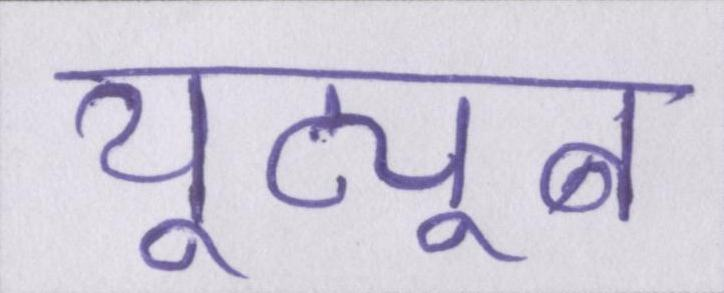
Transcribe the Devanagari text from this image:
यूट्यूब